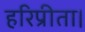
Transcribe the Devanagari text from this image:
हरिप्रीता।